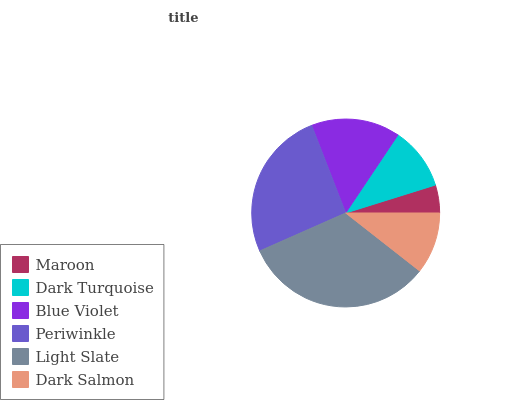
| Maroon | Dark Turquoise | Blue Violet | Periwinkle | Light Slate | Dark Salmon |
 | --- | --- | --- | --- | --- | --- |
 | 4.8% | 10.8% | 15.3% | 25.8% | 32.8% | 10.6% |